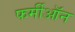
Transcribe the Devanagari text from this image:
फर्मीऑन